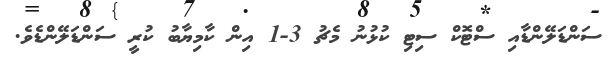
ސަންޑަލޭންޑާއި ސްޓޮކް ސިޓި ކުޅުނު މެޗު 3-1 އިން ކާމިޔާބު ކުރީ ސަންޑަލޭންޑެވެ.